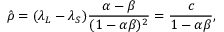
\hat { \rho } = ( \lambda _ { L } - \lambda _ { S } ) \frac { \alpha - \beta } { ( 1 - \alpha \beta ) ^ { 2 } } = \frac { c } { 1 - \alpha \beta } ,